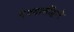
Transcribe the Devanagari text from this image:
देवदासींद्वारे